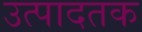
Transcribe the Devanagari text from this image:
उत्पादतक